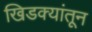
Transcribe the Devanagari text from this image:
खिडक्यांतून